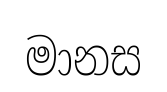
මානස